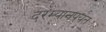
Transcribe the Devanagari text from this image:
दरम्यानपर्यंत